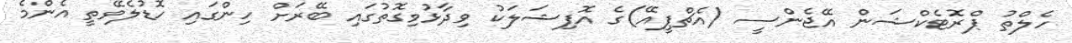
ހެލްތު ޕްރޮޓެކްޝަން އޭޖެންސީ (އެޗްޕީއޭ)ގެ އޮފިޝަލަކު ވިދާޅުވިގޮތުގައި ބޭރަށް ހިންގައި ހޮޑުލެވޭތީ އެންމެ